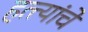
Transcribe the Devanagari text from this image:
हत्त्यांचे